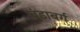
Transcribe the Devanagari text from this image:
बुंडाबर्ग